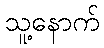
သူ့နောက်